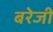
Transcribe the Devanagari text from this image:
बरेजी